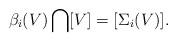
LaTeX: \begin{align*}\beta_i(V)\bigcap[V]=[\Sigma_i(V)].\end{align*}